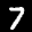
Label: 7